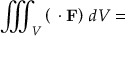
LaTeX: \iiint _ { V } \left( \mathbf { \nabla } \cdot \mathbf { F } \right) \, d V =